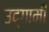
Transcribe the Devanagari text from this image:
उद्‌गामी